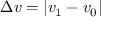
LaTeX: \Delta { v } = | v _ { 1 } - v _ { 0 } |